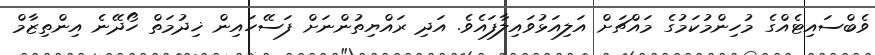
ވެބްސައިޓެއްގެ މުހިންމުކަމުގެ މައްޗަށް އަލިއަޅުވައިލާފައެވެ. އަދި ރައްޔިތުންނަށް ފަސޭހައިން ޚިދުމަތް ހޯދޭނެ އިންތިޒާމް